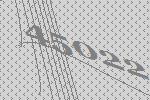
45022